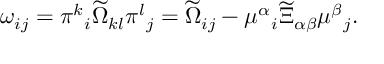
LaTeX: \omega _ { i j } = \pi ^ { k } { } _ { i } \widetilde \Omega _ { k l } \pi ^ { l } { } _ { j } = \widetilde \Omega _ { i j } - \mu ^ { \alpha } { } _ { i } \widetilde \Xi _ { \alpha \beta } \mu ^ { \beta } { } _ { j } .